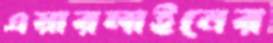
এয়ারলাইনের